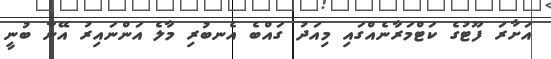
އަށާރަ ފޫޓުގެ ކަޓްމަރާނެއްގައި މިއަދު ގައްބެ އެނބުރި މާލެ އަންނައިރު އޭނާ ބުނީ